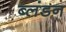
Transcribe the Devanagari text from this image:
ब्लंडन